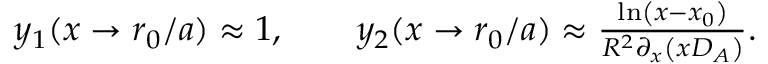
\begin{array} { r } { y _ { 1 } ( x \rightarrow r _ { 0 } / a ) \approx 1 , \qquad y _ { 2 } ( x \rightarrow r _ { 0 } / a ) \approx \frac { \ln \left( x - x _ { 0 } \right) } { R ^ { 2 } \partial _ { x } \left( x D _ { A } \right) } . } \end{array}